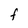
Character: F